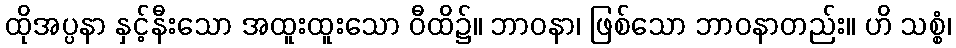
ထိုအပ္ပနာ နှင့်နီးသော အထူးထူးသော ဝီထိ၌။ ဘာဝနာ၊ ဖြစ်သော ဘာဝနာတည်း။ ဟိ သစ္စံ၊